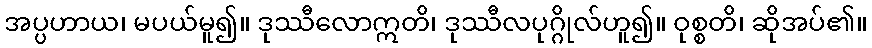
အပ္ပဟာယ၊ မပယ်မူ၍။ ဒုဿီလောဣတိ၊ ဒုဿီလပုဂ္ဂိုလ်ဟူ၍။ ဝုစ္စတိ၊ ဆိုအပ်၏။